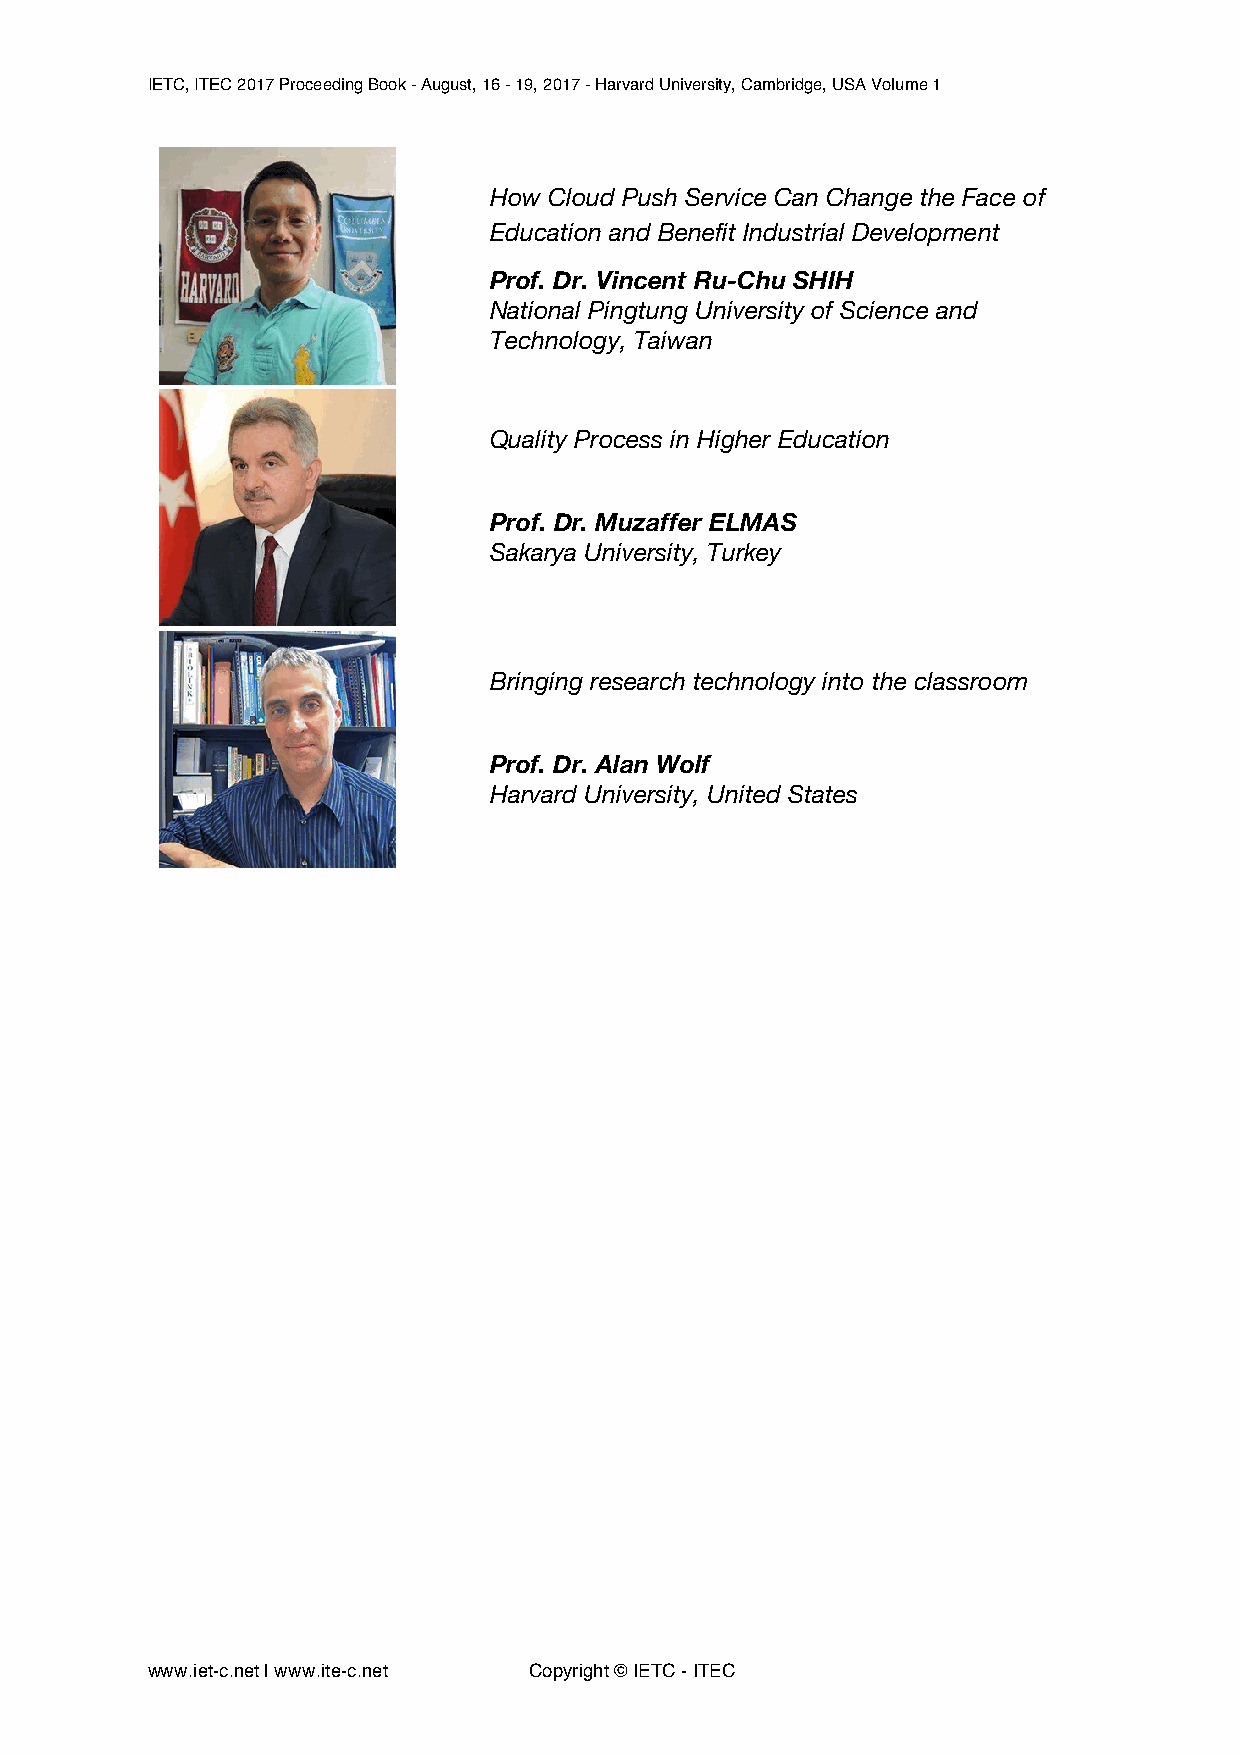
IETC, ITEC 2017 Proceeding Book - August, 16 - 19, 2017 - Harvard University, Cambridge, USA Volume 1
 How Cloud Push Service Can Change the Face of
 Education and Benefit Industrial Development
 Prof. Dr. Vincent Ru-Chu SHIH
 National Pingtung University of Science and
 Technology, Taiwan
 Quality Process in Higher Education
 Prof. Dr. Muzaffer ELMAS
 Sakarya University, Turkey
 Bringing research technology into the classroom
 Prof. Dr. Alan Wolf
 Harvard University, United States
 www.iet-c.net | www.ite-c.net Copyright © IETC - ITEC